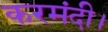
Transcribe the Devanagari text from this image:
करमंदी।